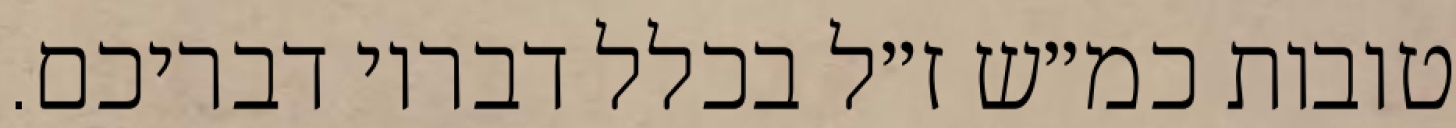
טובות כמ״ש ז״ל בכלל דבריו דבריכם.